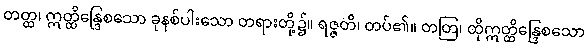
တတ္ထ၊ ဣတ္ထိန္ဒြေစသော ခုနစ်ပါးသော တရားတို့၌။ ရဇ္ဇတိ၊ တပ်၏။ တတြ၊ ထိုဣတ္ထိန္ဒြေစသော